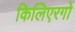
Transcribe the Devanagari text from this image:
किलिएरगो